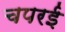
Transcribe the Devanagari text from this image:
चपरई